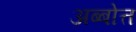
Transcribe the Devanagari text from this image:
अब्बोत्त